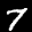
Label: 7